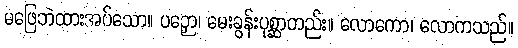
မဖြေဘဲထားအပ်သော။ ပဉှော၊ မေးခွန်းပုစ္ဆာတည်း။ လောကော၊ လောကသည်။